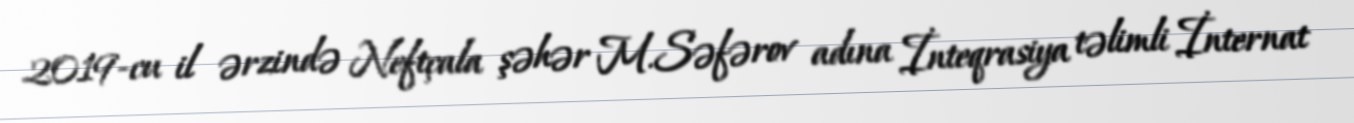
2019-cu il ərzində Neftçala şəhər M.Səfərov adına İnteqrasiya təlimli İnternat